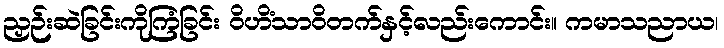
ညှဉ်းဆဲခြင်းကိုကြံခြင်း ဝိဟိံသာဝိတက်နှင့်လည်းကောင်း။ ကမာသညာယ၊